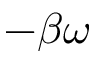
- \beta \omega